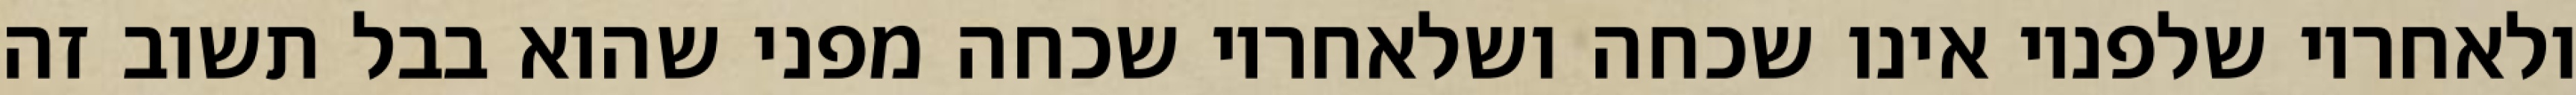
ולאחריו שלפניו אינו שכחה ושלאחריו שכחה מפני שהוא בבל תשוב זה